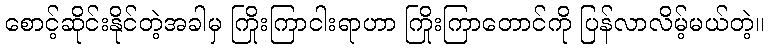
စောင့်ဆိုင်းနိုင်တဲ့အခါမှ ကြိုးကြာငါးရာဟာ ကြိုးကြာတောင်ကို ပြန်လာလိမ့်မယ်တဲ့။